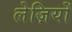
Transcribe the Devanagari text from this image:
लेज़ियों